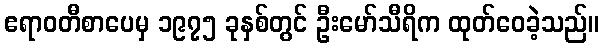
ဧရာဝတီစာပေမှ ၁၉၇၅ ခုနှစ်တွင် ဦးမော်သီရိက ထုတ်ဝေခဲ့သည်။